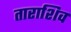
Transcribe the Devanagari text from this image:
ताराशिव